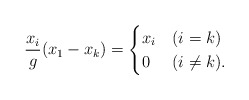
\begin{align*} \frac{x_i}{g} (x_1-x_k)=\begin{cases}x_i & (i = k)\\0 & (i \neq k).\end{cases}\end{align*}